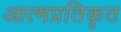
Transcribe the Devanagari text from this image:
आत्मप्रतिकृत